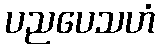
ပညပေသဟံ